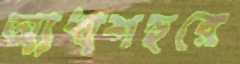
আধাশহুরে